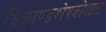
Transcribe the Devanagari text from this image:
त्रिकाण्डशेषकोशात